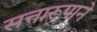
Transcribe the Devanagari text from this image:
सत्तारूपाने